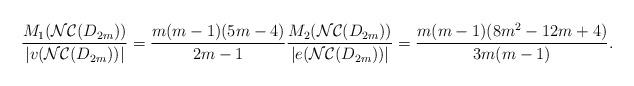
LaTeX: \begin{align*} \dfrac{M_{1}(\mathcal{NC}(D_{2m}))}{|v( \mathcal{NC}(D_{2m}) )|} = \dfrac{m(m-1)(5m-4)}{2m-1} \dfrac{M_{2}(\mathcal{NC}(D_{2m}))}{|e( \mathcal{NC}(D_{2m}) )|} = \dfrac{m(m-1)(8m^{2}-12m+4)}{3m(m-1)}. \end{align*}